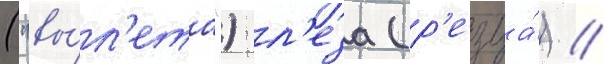
("вы́л'ета") л'еза (р'езца́) //